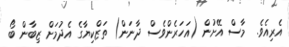
އެރިއެވެ.  މާސް އޭށުން (އަހަރެންވެސް ދާނަން) ތަޒްކިޔާގެ އެދުމަށް ޒިބާން ބޯ